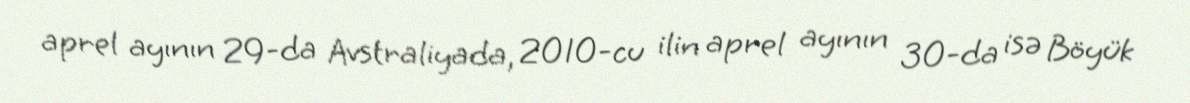
aprel ayının 29-da Avstraliyada, 2010-cu ilin aprel ayının 30-da isə Böyük